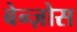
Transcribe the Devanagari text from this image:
बेन्ज़ोस